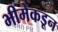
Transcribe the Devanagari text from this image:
भीमेकडून